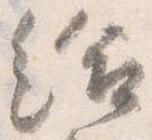
給